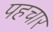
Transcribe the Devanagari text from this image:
पहचार